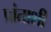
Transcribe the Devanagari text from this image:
प्रांताशी